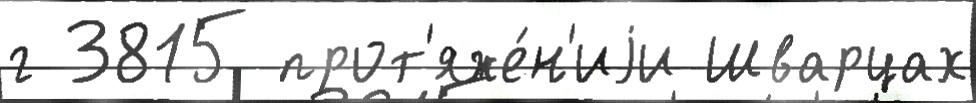
г 3815 прот'яже́н'иjи Шварцах